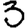
Digit: 3